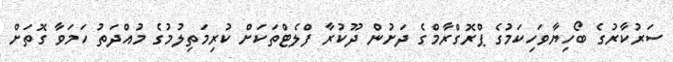
ސަރުކާރުގެ ބޯހިޔާވަހިކަމުގެ ޕްރޮގްރާމްގެ ދަށުން ދޫކުރާ ފްލެޓްތަކަށް ކުރިމަތިލުމުގެ މުއްދަތު ހަމަވާ ގޮތަށް